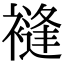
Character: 䙜